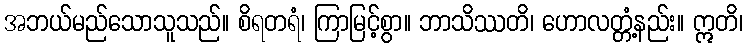
အဘယ်မည်သောသူသည်။ စိရတရံ၊ ကြာမြင့်စွာ။ ဘာသိဿတိ၊ ဟောလတ္တံ့နည်း။ ဣတိ၊